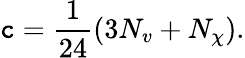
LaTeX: \mathtt{c}=\frac{{1}}{{24}}\left(3N_{v}+N_{\chi}\right).